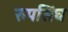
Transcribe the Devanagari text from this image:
रुपसिंघ